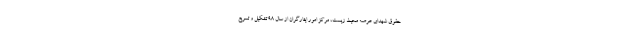
حقوق شهدای عرصه محیط زیست، مرکز امور ایثارگران از سال ۹۸ تشکیل و تسریع